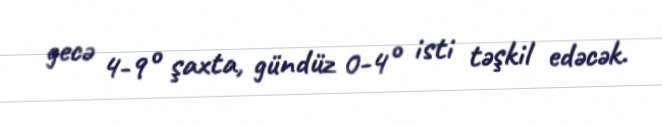
gecə 4-9° şaxta, gündüz 0-4° isti təşkil edəcək.